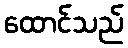
ထောင်သည်